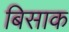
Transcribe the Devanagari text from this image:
बिसाक